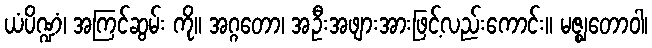
ယံပိဏ္ဍံ၊ အကြင်ဆွမ်း ကို။ အဂ္ဂတော၊ အဦးအဖျားအားဖြင့်လည်းကောင်း။ မဇ္ဈတောဝါ၊